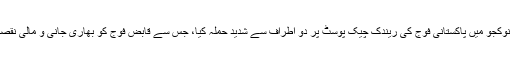
کل رات مشکے نوکجو میں پاکستانی فوج کی ریندک چیک پوسٹ پر دو اطراف سے شدید حملہ کیا، جس سے قابض فوج کو بھاری جانی و مالی نقصان اُٹھانا پڑا ہے۔